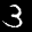
Label: 3